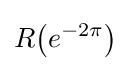
R{\big (}e^{-2\pi }{\big )}